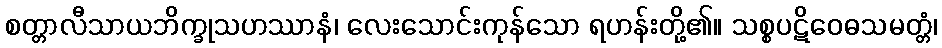
စတ္တာလီသာယဘိက္ခုသဟဿာနံ၊ လေးသောင်းကုန်သော ရဟန်းတို့၏။ သစ္စပဋိဝေဓသမတ္တံ၊